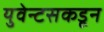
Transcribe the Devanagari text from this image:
युवेन्टसकडून